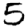
Digit: 5